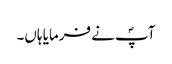
آپؐ نے فرمایا ہاں۔